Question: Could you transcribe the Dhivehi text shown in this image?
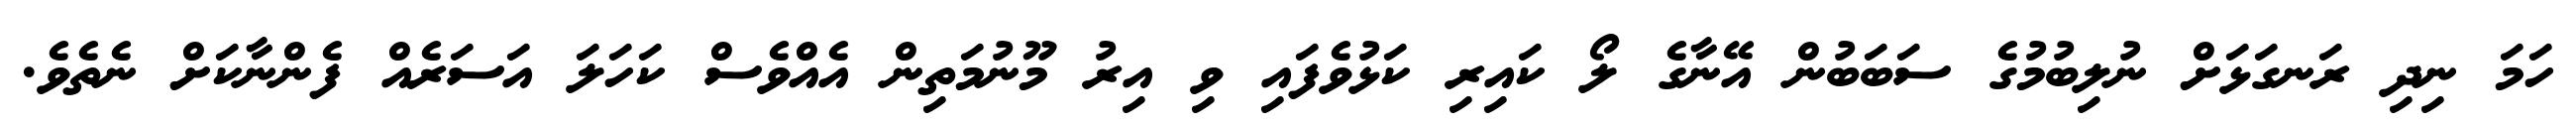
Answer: ހަމަ ނިދި ރަނގަޅަށް ނުލިބުމުގެ ސަބަބުން އޭނާގެ ލޯ ކައިރި ކަޅުވެފައި ވި އިރު މޫނުމަތިން އެއްވެސް ކަހަލަ އަސަރެއް ފެންނާކަށް ނެތެވެ.